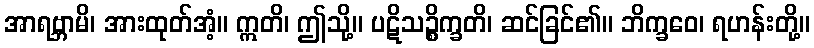
အာရဗ္ဘာမိ၊ အားထုတ်အံ့။ ဣတိ၊ ဤသို့။ ပဋိသဉ္စိက္ခတိ၊ ဆင်ခြင်၏။ ဘိက္ခဝေ၊ ရဟန်းတို့။